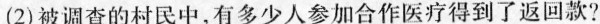
(2)被调查的村民中，有多少人参加合作医疗得到了返回款?